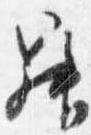
昇